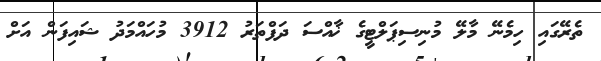
ތެރޭގައި ހިމެނޭ މާލޭ މުނިސިޕަލްޓީގެ ޚާއްސަ ދަފްތަރު 3912 މުހައްމަދު ޝައިފަން އަށް